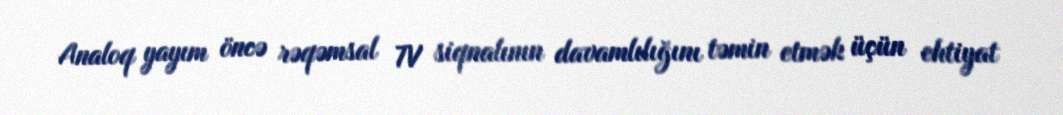
Analoq yayım öncə rəqəmsal TV siqnalının davamlılığını təmin etmək üçün ehtiyat